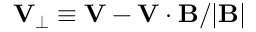
\begin{array} { r } { { \mathbf V } _ { \perp } \equiv { \mathbf V } - { \mathbf V } \cdot { \mathbf B } / | { \mathbf B } | } \end{array}